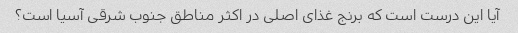
آیا این درست است که برنج غذای اصلی در اکثر مناطق جنوب شرقی آسیا است؟